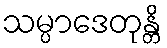
သမ္ပာဒေတုန္တိ